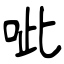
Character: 呲